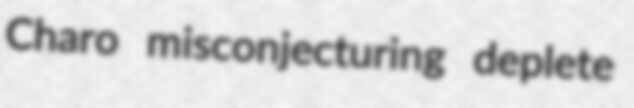
Charo misconjecturing deplete